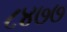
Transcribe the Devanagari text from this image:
८४७७